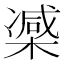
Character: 𣙤